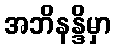
အဘိနန္ဒိမှာ